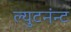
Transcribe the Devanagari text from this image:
ल्युटनंन्ट